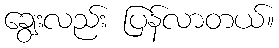
ချွေးလည်း ပြန်လာတယ်။